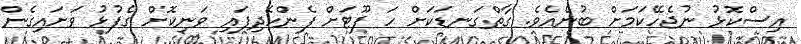
އިސްކޮޅު ނުޖެހޭކަމަށް ބުނެއެވެ. ގާތްގަނޑަކަށް ހަ ފޫޓަށް ފެންހެދިފައި ވަނިކޮށް ގެފުޅު ވަށައިގެން